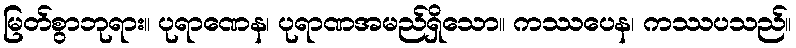
မြတ်စွာဘုရား။ ပုရာဏေန၊ ပုရာဏအမည်ရှိသော။ ကဿပေန၊ ကဿပသည်။